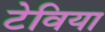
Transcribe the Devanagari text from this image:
टेविया